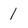
Character: 1